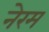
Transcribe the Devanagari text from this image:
नेरम